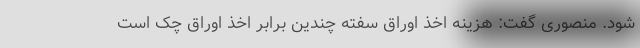
شود. منصوری گفت: هزینه اخذ اوراق سفته چندین برابر اخذ اوراق چک است